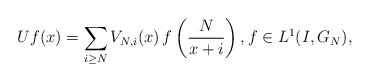
\begin{align*}Uf(x) = \sum_{i \geq N}V_{N,i}(x)\,f\left(\frac{N}{x+i}\right), f \in L^1(I,G_{N}), \end{align*}